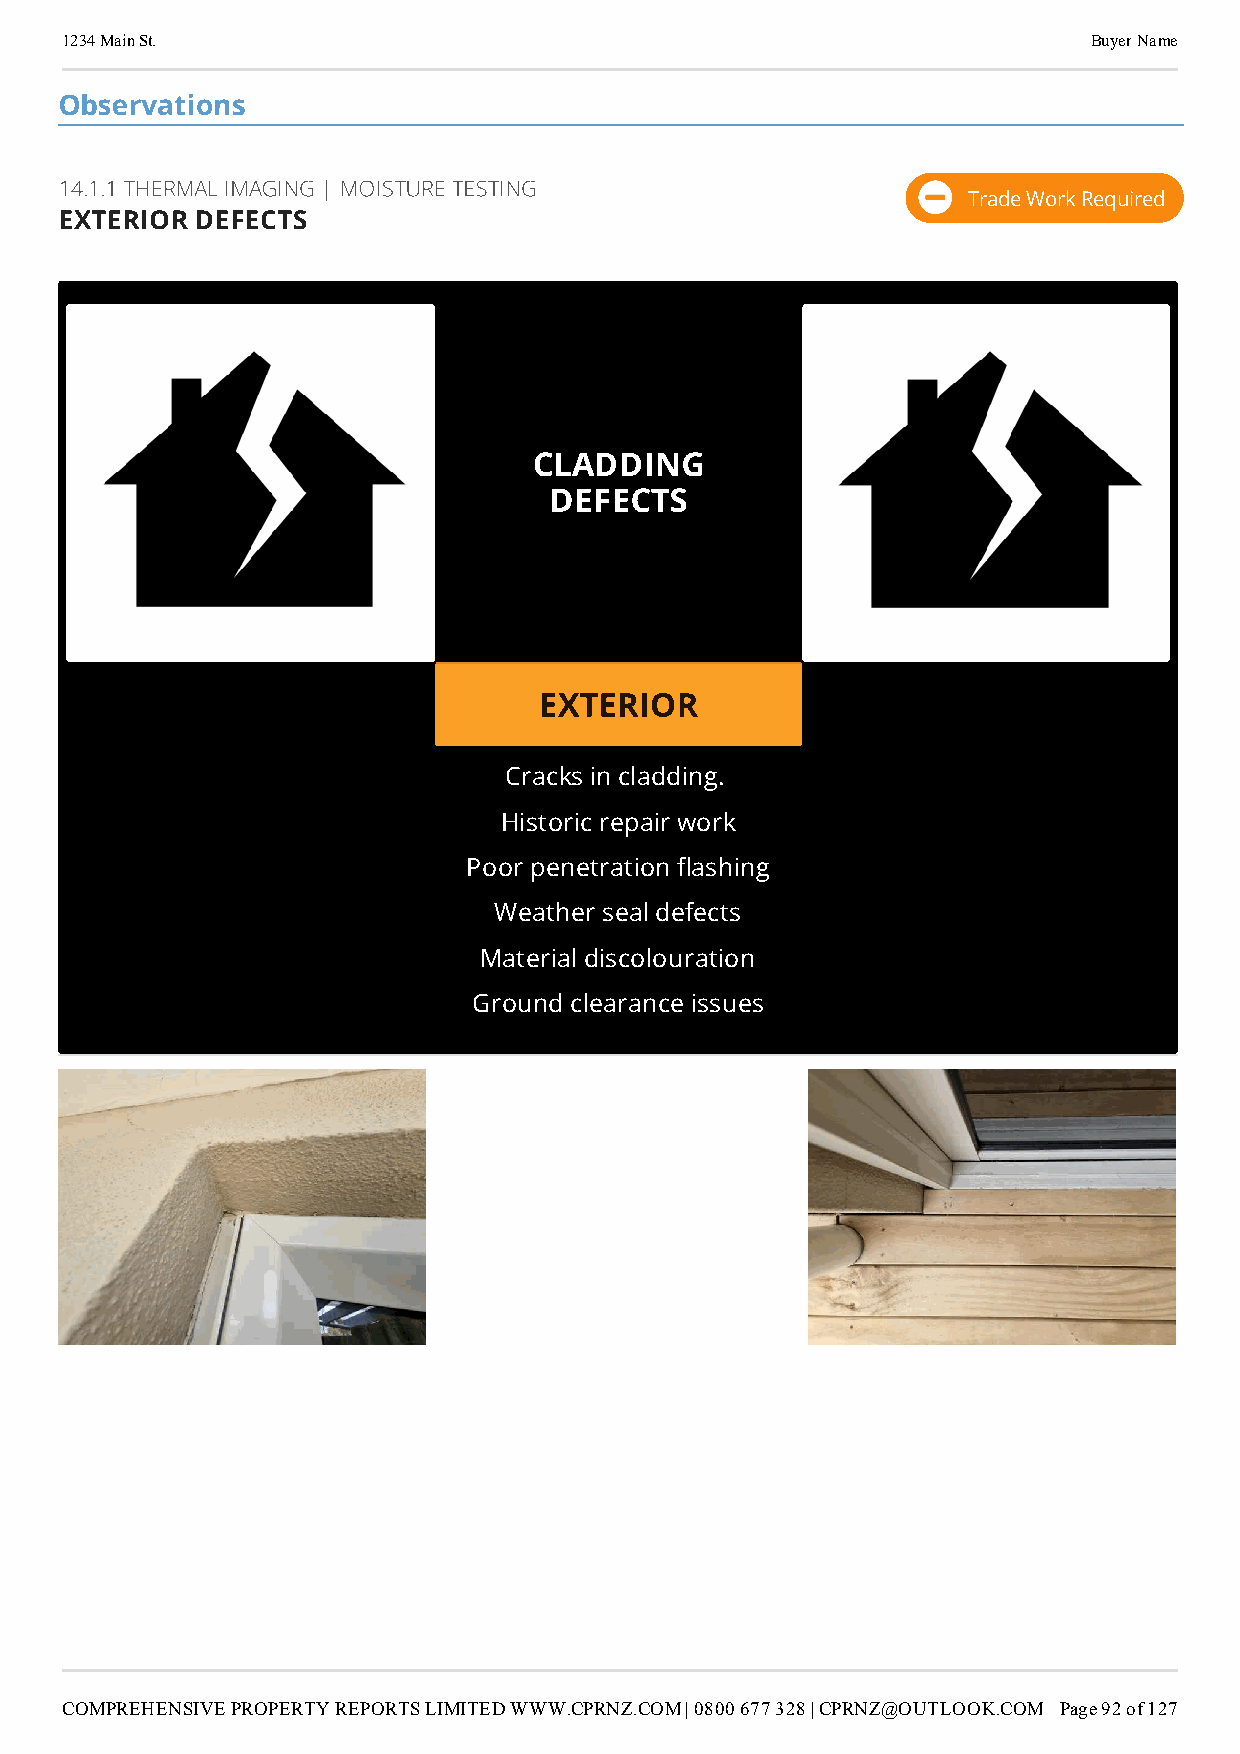
1234 Main St.                                                       Buyer Name
 Observations
 14.1.1 THERMAL IMAGING | MOISTURE TESTING
 Trade Work Required
 EXTERIOR DEFECTS
 CLADDING
 DEFECTS
 EXTERIOR
 Cracks in cladding.
 Historic repair work
 Poor penetration ashing
 Weather seal defects
 Material discolouration
 Ground clearance issues
 COMPREHENSIVE PROPERTY REPORTS LIMITED WWW.CPRNZ.COM | 0800 677 328 | CPRNZ@OUTLOOK.COM Page 92 of 127